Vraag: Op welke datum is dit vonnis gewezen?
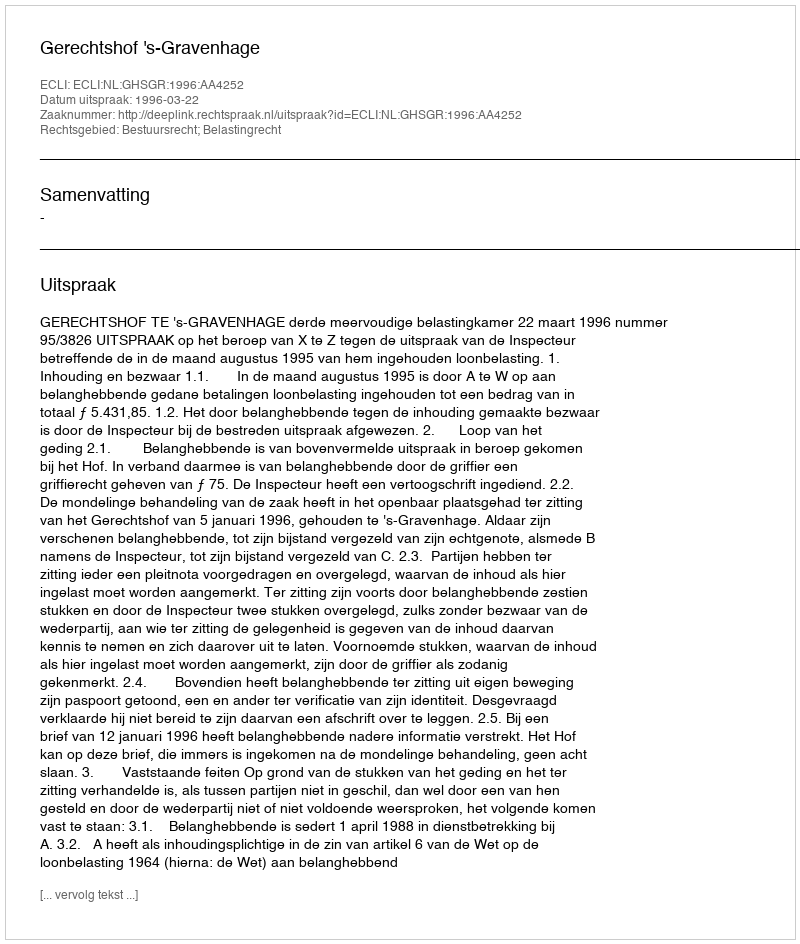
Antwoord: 1996-03-22